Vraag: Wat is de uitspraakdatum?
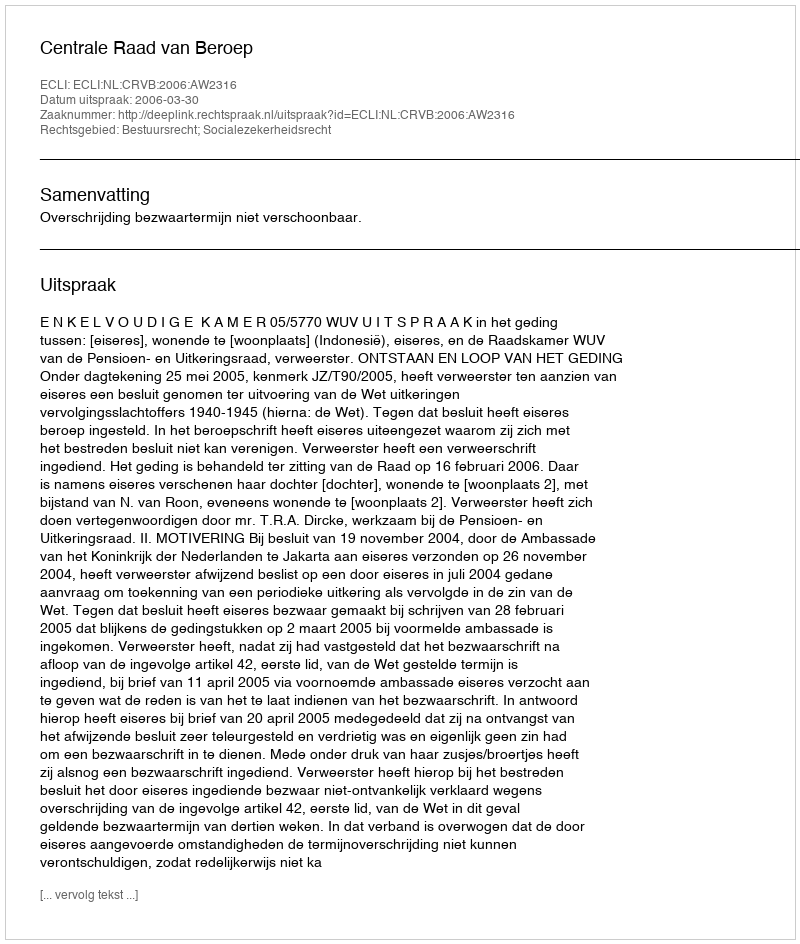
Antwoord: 2006-03-30